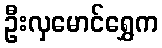
ဦးလှမောင်ရွှေက